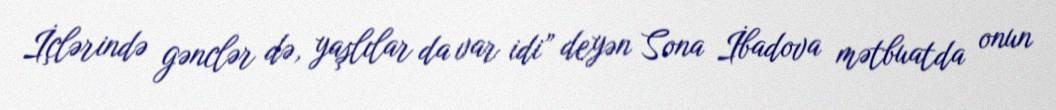
İçlərində gənclər də, yaşlılar da var idi” deyən Sona İbadova mətbuatda onun